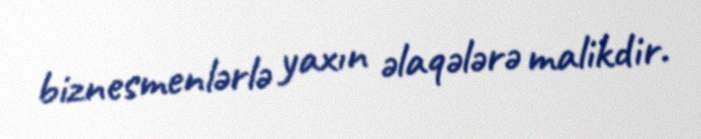
biznesmenlərlə yaxın əlaqələrə malikdir.